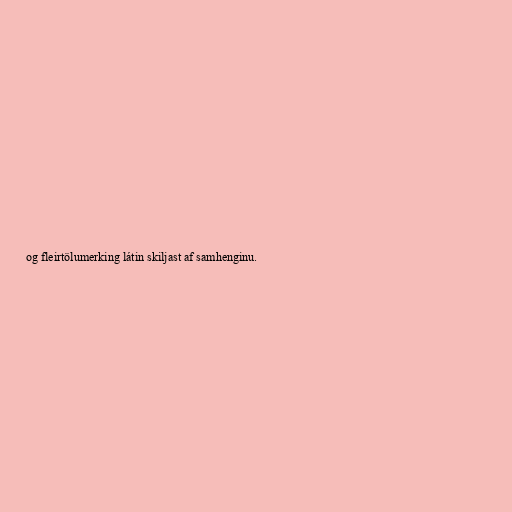
og fleirtölumerking látin skiljast af samhenginu.